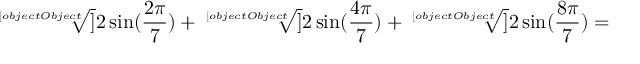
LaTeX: { \sqrt [ [object Object] ] { 2 \sin ( { \frac { 2 \pi } { 7 } } ) } } + { \sqrt [ [object Object] ] { 2 \sin ( { \frac { 4 \pi } { 7 } } ) } } + { \sqrt [ [object Object] ] { 2 \sin ( { \frac { 8 \pi } { 7 } } ) } } =